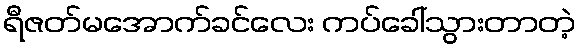
ရီဇတ်မအောက်ခင်လေး ကပ်ခေါ်သွားတာတဲ့